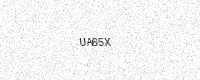
Text: UA65X